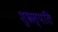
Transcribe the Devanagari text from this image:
शुभ्रस्पति